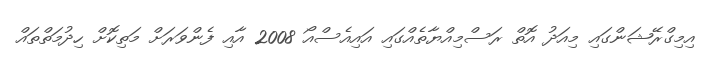
އިމިގްރޭޝަންގައި މިއަދު އޮތް ރަސްމިއްޔާތެއްގައި އައިއެސްއޯ 2008 އާއި ފެންވަރަށް މަތިކޮށް ހިދުމަތްތައް